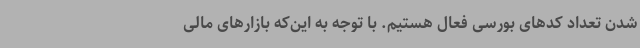
شدن تعداد کدهای بورسی فعال هستیم. با توجه به این‌که بازارهای مالی